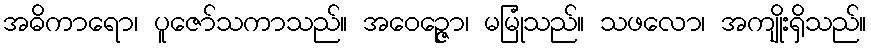
အဓိကာရော၊ ပူဇော်သကာသည်။ အဝေဉ္ဇော၊ မမြုံသည်။ သဖလော၊ အကျိုးရှိသည်။